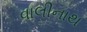
વાલીનાથ